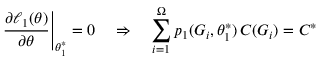
\left. \frac { \partial \ell _ { 1 } ( \theta ) } { \partial \theta } \right| _ { \theta _ { 1 } ^ { * } } = 0 \quad \Rightarrow \quad \sum _ { i = 1 } ^ { \Omega } p _ { 1 } ( G _ { i } , \theta _ { 1 } ^ { * } ) \, C ( G _ { i } ) = C ^ { * }